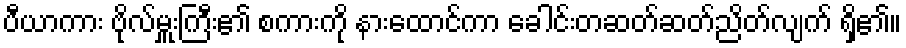
ပီယာကား ဗိုလ်မှူးကြီး၏ စကားကို နားထောင်ကာ ခေါင်းတဆတ်ဆတ်ညိတ်လျက် ရှိ၏။